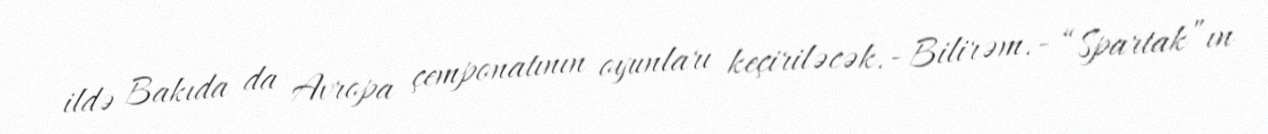
ildə Bakıda da Avropa çemponatının oyunları keçiriləcək.- Bilirəm.- “Spartak”ın